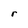
Character: r